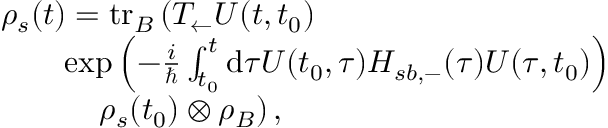
\begin{array} { r l } & { \rho _ { s } ( t ) = \mathrm { t r } _ { B } \left( T _ { \leftarrow } U ( t , t _ { 0 } ) \right. } \\ & { \qquad \mathrm { e x p } \left( - \frac { i } { \hbar } \int _ { t _ { 0 } } ^ { t } \mathrm { d } \tau U ( t _ { 0 } , \tau ) H _ { s b , - } ( \tau ) U ( \tau , t _ { 0 } ) \right) } \\ & { \qquad \quad \left. \rho _ { s } ( t _ { 0 } ) \otimes \rho _ { B } \right) , } \end{array}